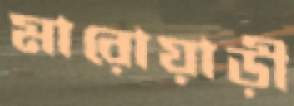
মারোয়াড়ী